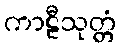
ကာဠီသုတ္တံ